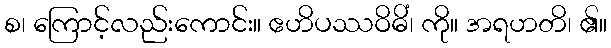
စ၊ ကြောင့်လည်းကောင်း။ ဧဟိပဿဝိဓိံ၊ ကို။ အရဟတိ၊ ၏။